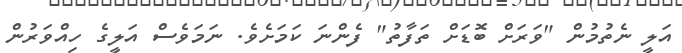
އަލީ ނެތުމުން "ވަރަށް ބޮޑަށް ތަފާތު" ފެންނަ ކަމަށެވެ. ނަމަވެސް އަލީގެ ހިއްވަރުން